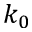
k _ { 0 }